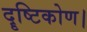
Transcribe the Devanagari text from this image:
दॄष्‍टिकोण।